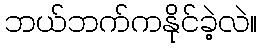
ဘယ်ဘက်ကနိုင်ခဲ့လဲ။